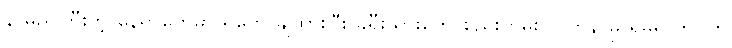
နာမည်ကြီးတဲ့ နေရာတွေမှာ ရဲတွေ ချထားပြီး ခရီးသွားတွေ စည်းကမ်း လိုက်နာမှု ရှိမရှိ ကွပ်ကဲ